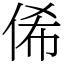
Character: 俙